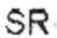
SR